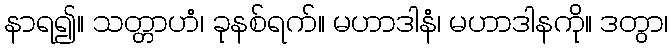
နာရ၍။ သတ္တာဟံ၊ ခုနစ်ရက်။ မဟာဒါနံ၊ မဟာဒါနကို။ ဒတွာ၊